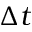
\Delta t